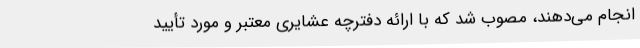
انجام می‌دهند، مصوب شد که با ارائه دفترچه عشایری معتبر و مورد تأیید